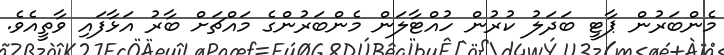
މެންބަރުން ޕާޓީ ބަދަލު ކުރުން ހުއްޓާލަން މެންބަރުންގެ މައްޗަށް ބާރު އަޅާފައި ވާތީއެވެ.